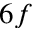
6 f